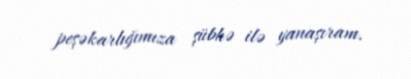
peşəkarlığımıza şübhə ilə yanaşıram.